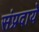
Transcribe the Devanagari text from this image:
संप्रदाये